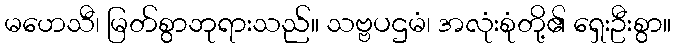
မဟေသီ၊ မြတ်စွာဘုရားသည်။ သဗ္ဗပဌမံ၊ အလုံးစုံတို့၏ ရှေးဦးစွာ။